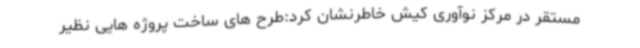
مستقر در مرکز نوآوری کیش خاطرنشان کرد:طرح های ساخت پروژه هایی نظیر